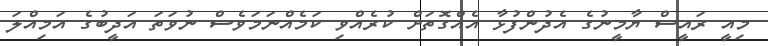
މިއީ ރައީސް ޔާމީނުގެ އެދުންފުޅާ އެއްގޮތަށް ކުރެއްވި ކަމެއްނަމަވެސް ނުވަތަ އަދީބުގެ އަމިއްލަ